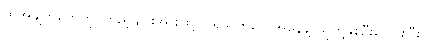
ထိုအချက်တွေကို ကြည့်ချင်းအားဖြင့် ပရိသတ်တွေအနေနဲ့ သူတို့နှစ်ဦးပေါင်းပြီး